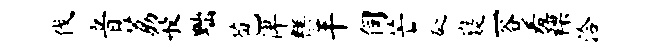
伐音荔般黜苞俾糕羊伺芒砭嶷一谷羞裸洽